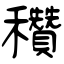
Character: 穳